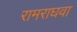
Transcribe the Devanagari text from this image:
रामराघवा